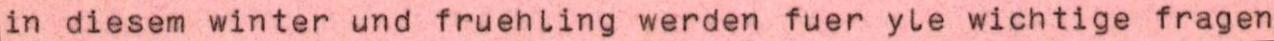
in diesem winter und fruehling werden fuer yle wichtige fragen